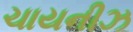
ચાયનીઝ